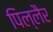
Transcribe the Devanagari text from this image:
पिल्लैर